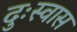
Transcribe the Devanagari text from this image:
दुःस्वास